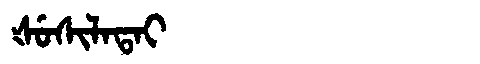
Manchu: ᡧᡠᠰᡳᠯᠠᡨᠠᡳ
Romanization: ŠUSILATAI